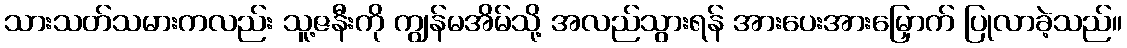
သားသတ်သမားကလည်း သူ့ဇနီးကို ကျွန်မအိမ်သို့ အလည်သွားရန် အားပေးအားမြှောက် ပြုလာခဲ့သည်။